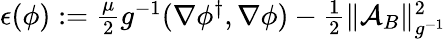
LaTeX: \begin{array}{r}{\epsilon(\phi):=\frac{\mu}{2}g^{-1}(\nabla\phi^{\dagger},\nabla\phi)-\frac{1}{2}\| \mathcal{A}_{B}\| _{g^{-1}}^{2}}\end{array}